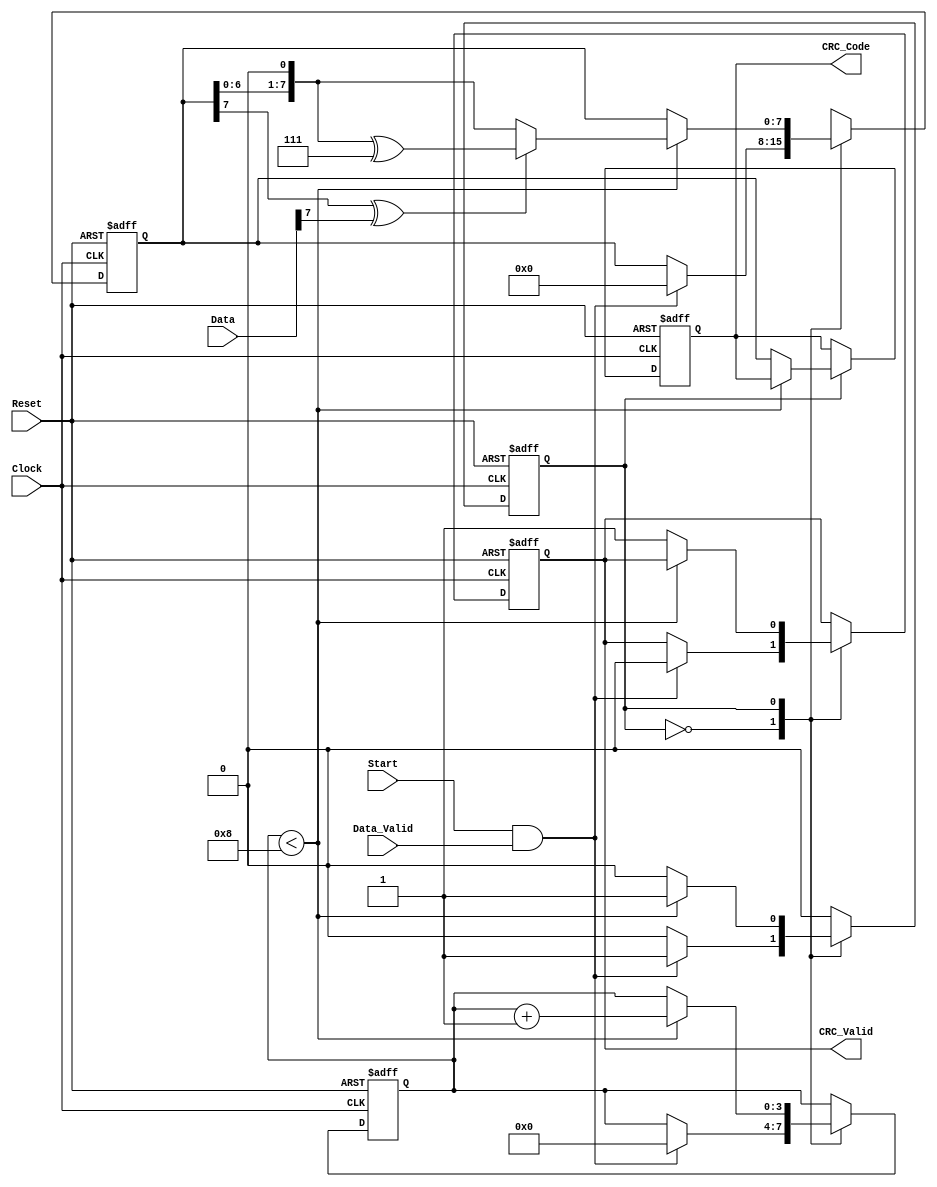
module Parameterized_CRC #(
    parameter CRC_Width = 8,       // Width of the CRC output and internal register
    parameter Poly_Degree = 8,      // Degree of the polynomial
    parameter Polynomial = 8'h07,   // Polynomial coefficients in binary
    parameter Initial_Value = {CRC_Width{1'b0}} // Initial value for the CRC
)(
    input wire [CRC_Width-1:0] Data,           // Input data
    input wire Data_Valid,                       // Data valid signal
    input wire Reset,                           // Reset signal
    input wire Clock,                           // System clock
    input wire Start,                           // Start signal for CRC calculation
    output reg [CRC_Width-1:0] CRC_Code,       // Computed CRC checksum
    output reg CRC_Valid                        // CRC valid signal
);

    // Internal signals
    reg [CRC_Width-1:0] crc_reg;               // Shift register for CRC computation
    reg [3:0] bit_counter;                      // Counter for bits being processed
    reg state;                                  // Internal state variable
    localparam IDLE = 1'b0, PROCESSING = 1'b1; // State definitions

    // CRC calculations
    always @(posedge Clock or posedge Reset) begin
        if (Reset) begin
            crc_reg <= Initial_Value;            // Reset to initial value
            CRC_Code <= Initial_Value;           // Reset CRC output
            CRC_Valid <= 1'b0;                   // Invalidate CRC
            bit_counter <= 0;                     // Reset bit counter
            state <= IDLE;                        // Go to idle state
        end else begin
            case (state)
                IDLE: begin
                    if (Start && Data_Valid) begin
                        crc_reg <= Initial_Value; // Load initial value
                        bit_counter <= 0;        // Reset bit counter
                        state <= PROCESSING;     // Transition to processing
                        CRC_Valid <= 1'b0;       // Invalidate CRC
                    end
                end
                PROCESSING: begin
                    if (bit_counter < CRC_Width) begin
                        crc_reg[CRC_Width-1] <= Data[CRC_Width-1]; // Load new bit
                        
                        // Perform polynomial division using XOR
                        if (crc_reg[CRC_Width-1] ^ Data[CRC_Width-1]) begin
                            crc_reg = (crc_reg << 1) ^ Polynomial; // Shift and XOR with polynomial
                        end else begin
                            crc_reg = crc_reg << 1;              // Just shift
                        end
                        bit_counter <= bit_counter + 1;       // Increment bit counter
                    end else begin
                        CRC_Code <= crc_reg;                   // Output CRC value
                        CRC_Valid <= 1'b1;                     // Set CRC valid
                        state <= IDLE;                          // Go back to idle
                    end
                end
            endcase
        end
    end

endmodule